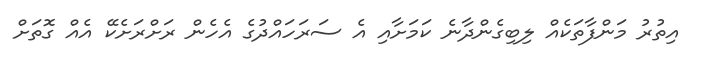
އިތުރު މަންފާތަކެއް ލިބިގެންދާނެ ކަމަށާއި އެ ސަރަހައްދުގެ އެހެން ރަށްރަށެކޭ އެއް ގޮތަށް